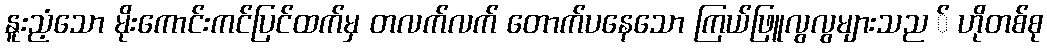
နူးညံ့သော မိုးကောင်းကင်ပြင်ထက်မှ တလက်လက် တောက်ပနေသော ကြယ်ဖြူလွလွများသည ် ဟိုတစ်စု